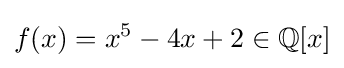
f(x)=x^{5}-4x+2\in \mathbb {Q} [x]